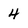
Character: 4